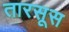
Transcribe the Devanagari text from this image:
तारसूस